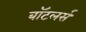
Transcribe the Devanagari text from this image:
बॉटलर्स